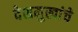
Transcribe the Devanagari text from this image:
देशमुखांचे